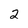
Character: 2